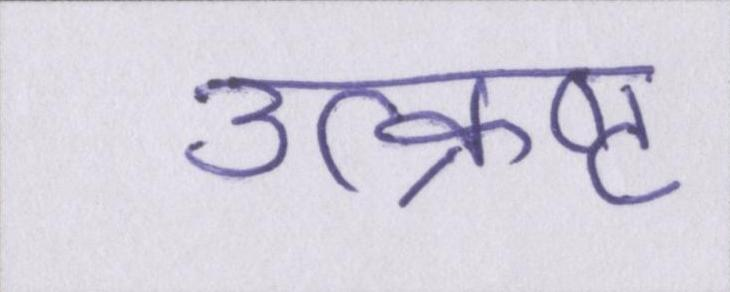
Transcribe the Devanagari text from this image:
उत्क्रष्ट